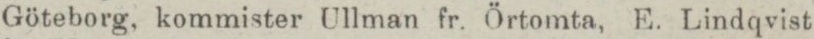
Göteborg, kommister Ullman fr. Örtomta, E. Lindqvist